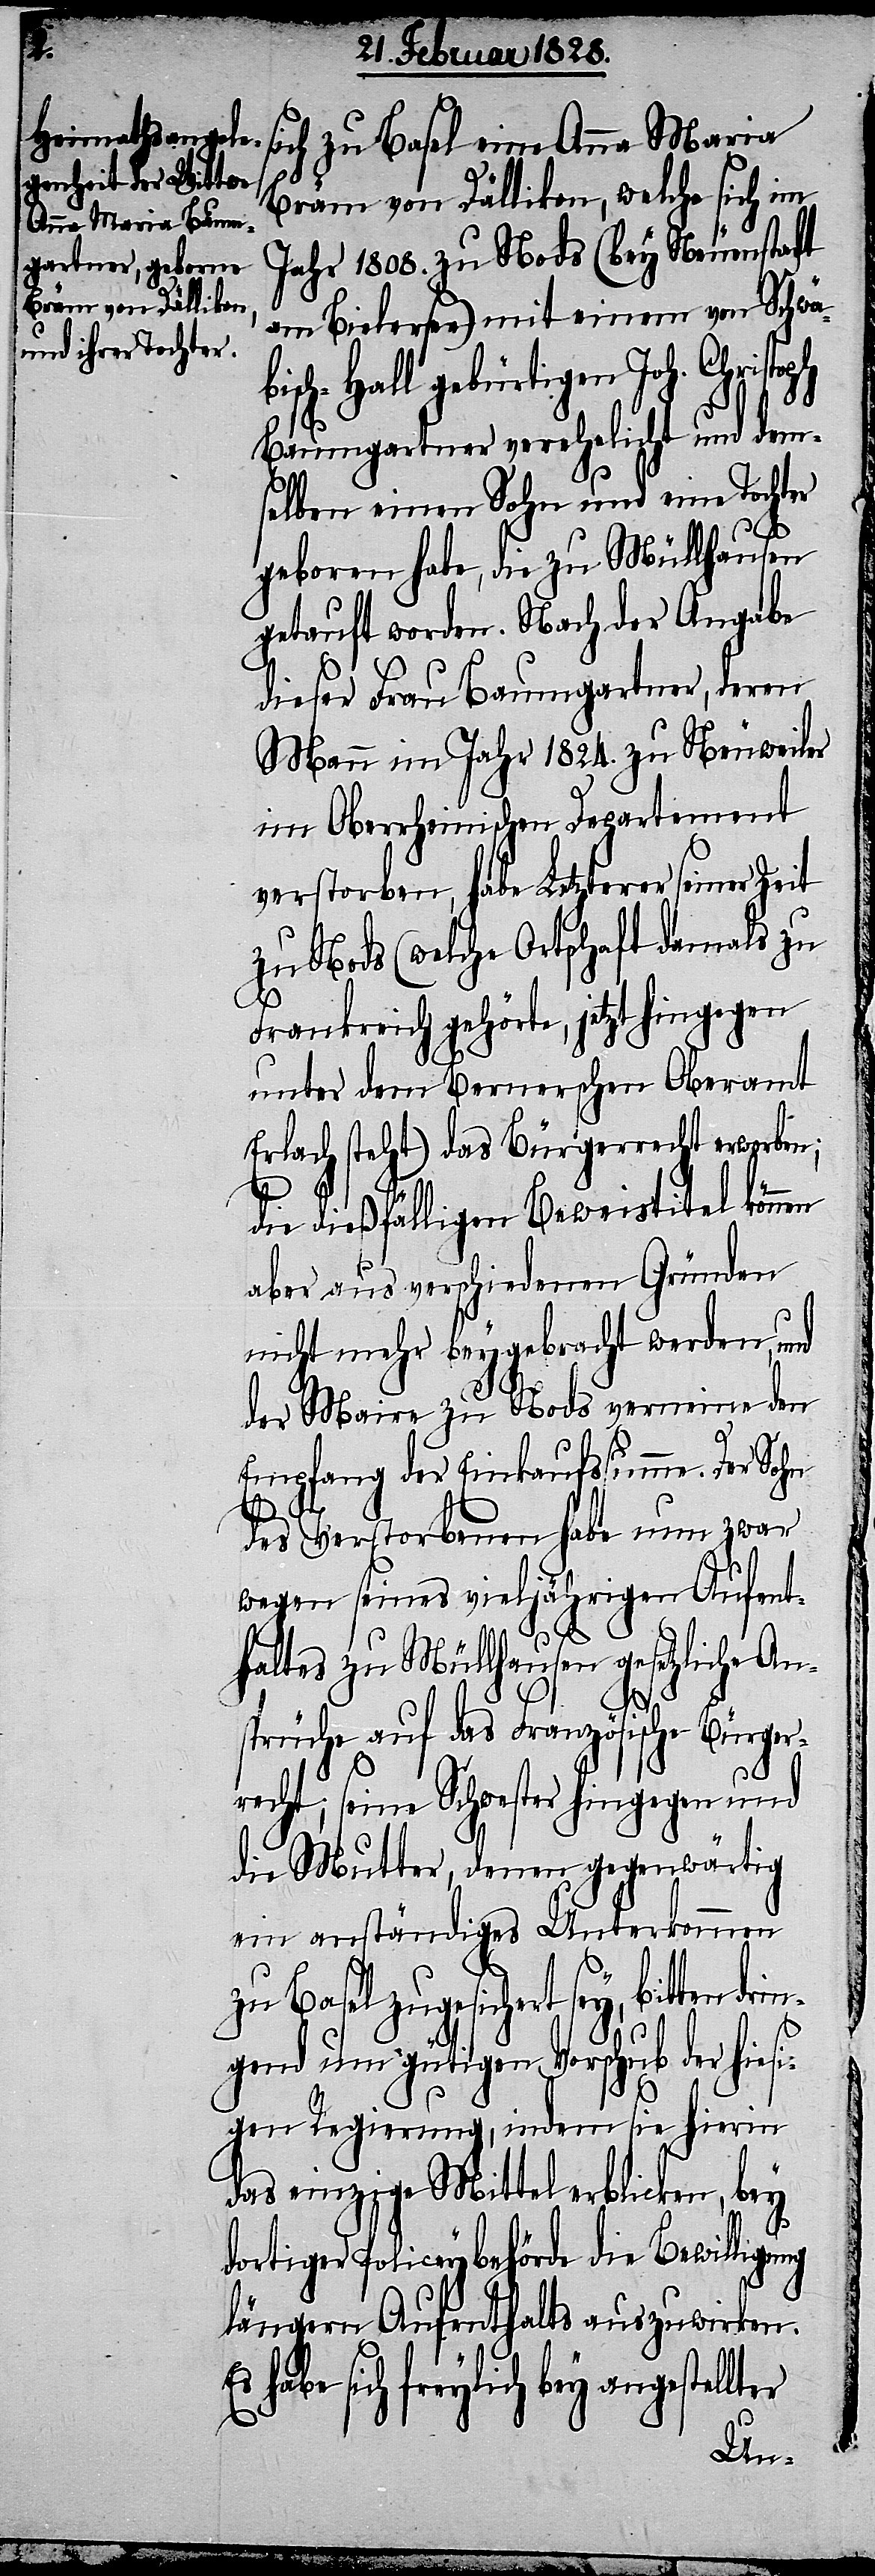
zu Basel eine Anna Maria
Bräm von Dällikon, welche sich im
Jahr 1808. zu Nods (bey Neuenstadt
am Bielersee) mit einem von Schwä¬
bisch-Hall gebürtigen Joh. Christoph
Baumgartner verehelicht und dem¬
selben einen Sohn und eine Tochter
geboren habe, die zu Müllhausen
getauft worden. Nach der Angabe
dieser Frau Baumgartner, deren
Mann im Jahr 1824. zu Neuweiler
im Oberheimischen Departement
verstorben, habe Letzterer seiner Zeit
zu Nods (welche Ortschaft damals zu
Frankreich gehörte, jetzt hingegen
unter dem Bernerschen Oberamt
Erlach steht) das Bürgerrecht erworben;
die dießfälligen Beweistitel können
aber aus verschiedenen Gründen
nicht mehr beygebracht werden, und
der Maire zu Nods verneine den
Empfang der Einkaufssumme. Der Sohn
des Verstorbenen habe nun zwar
wegen seines vieljährigen Aufent¬
haltes zu Müllhausen gesetzliche An¬
sprüche auf das Französische Bürger¬
recht, seine Schwester hingegen und
die Mutter, denen gegenwärtig
ein anständiges Unterkommen
zu Basel zugesichert sey, bitten
gend um gütigen Vorschub der hies¬
igen Regierung, indem sie hierin
das einzige Mittel erblicken, bey
dortiger Policeybehörde die Bewilligung
längern Aufenthalts auszuwirken.
habe sich freylich bey angestel¬

lter